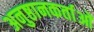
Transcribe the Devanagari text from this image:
अनुष्ठानकर्ताओं